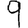
Digit: 9